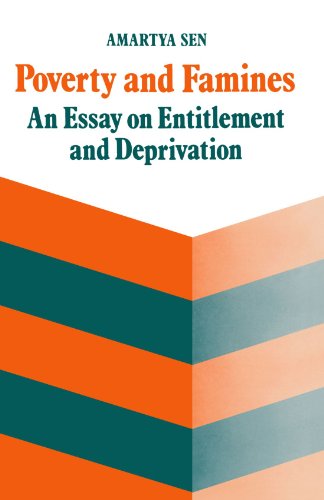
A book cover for Poverty and Famines: An Essay on Entitlement and Deprivation; Amartya Sen; Politics & Social Sciences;